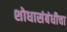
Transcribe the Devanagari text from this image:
शोधासंबंधीचा